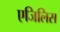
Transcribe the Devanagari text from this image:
एजिलिस